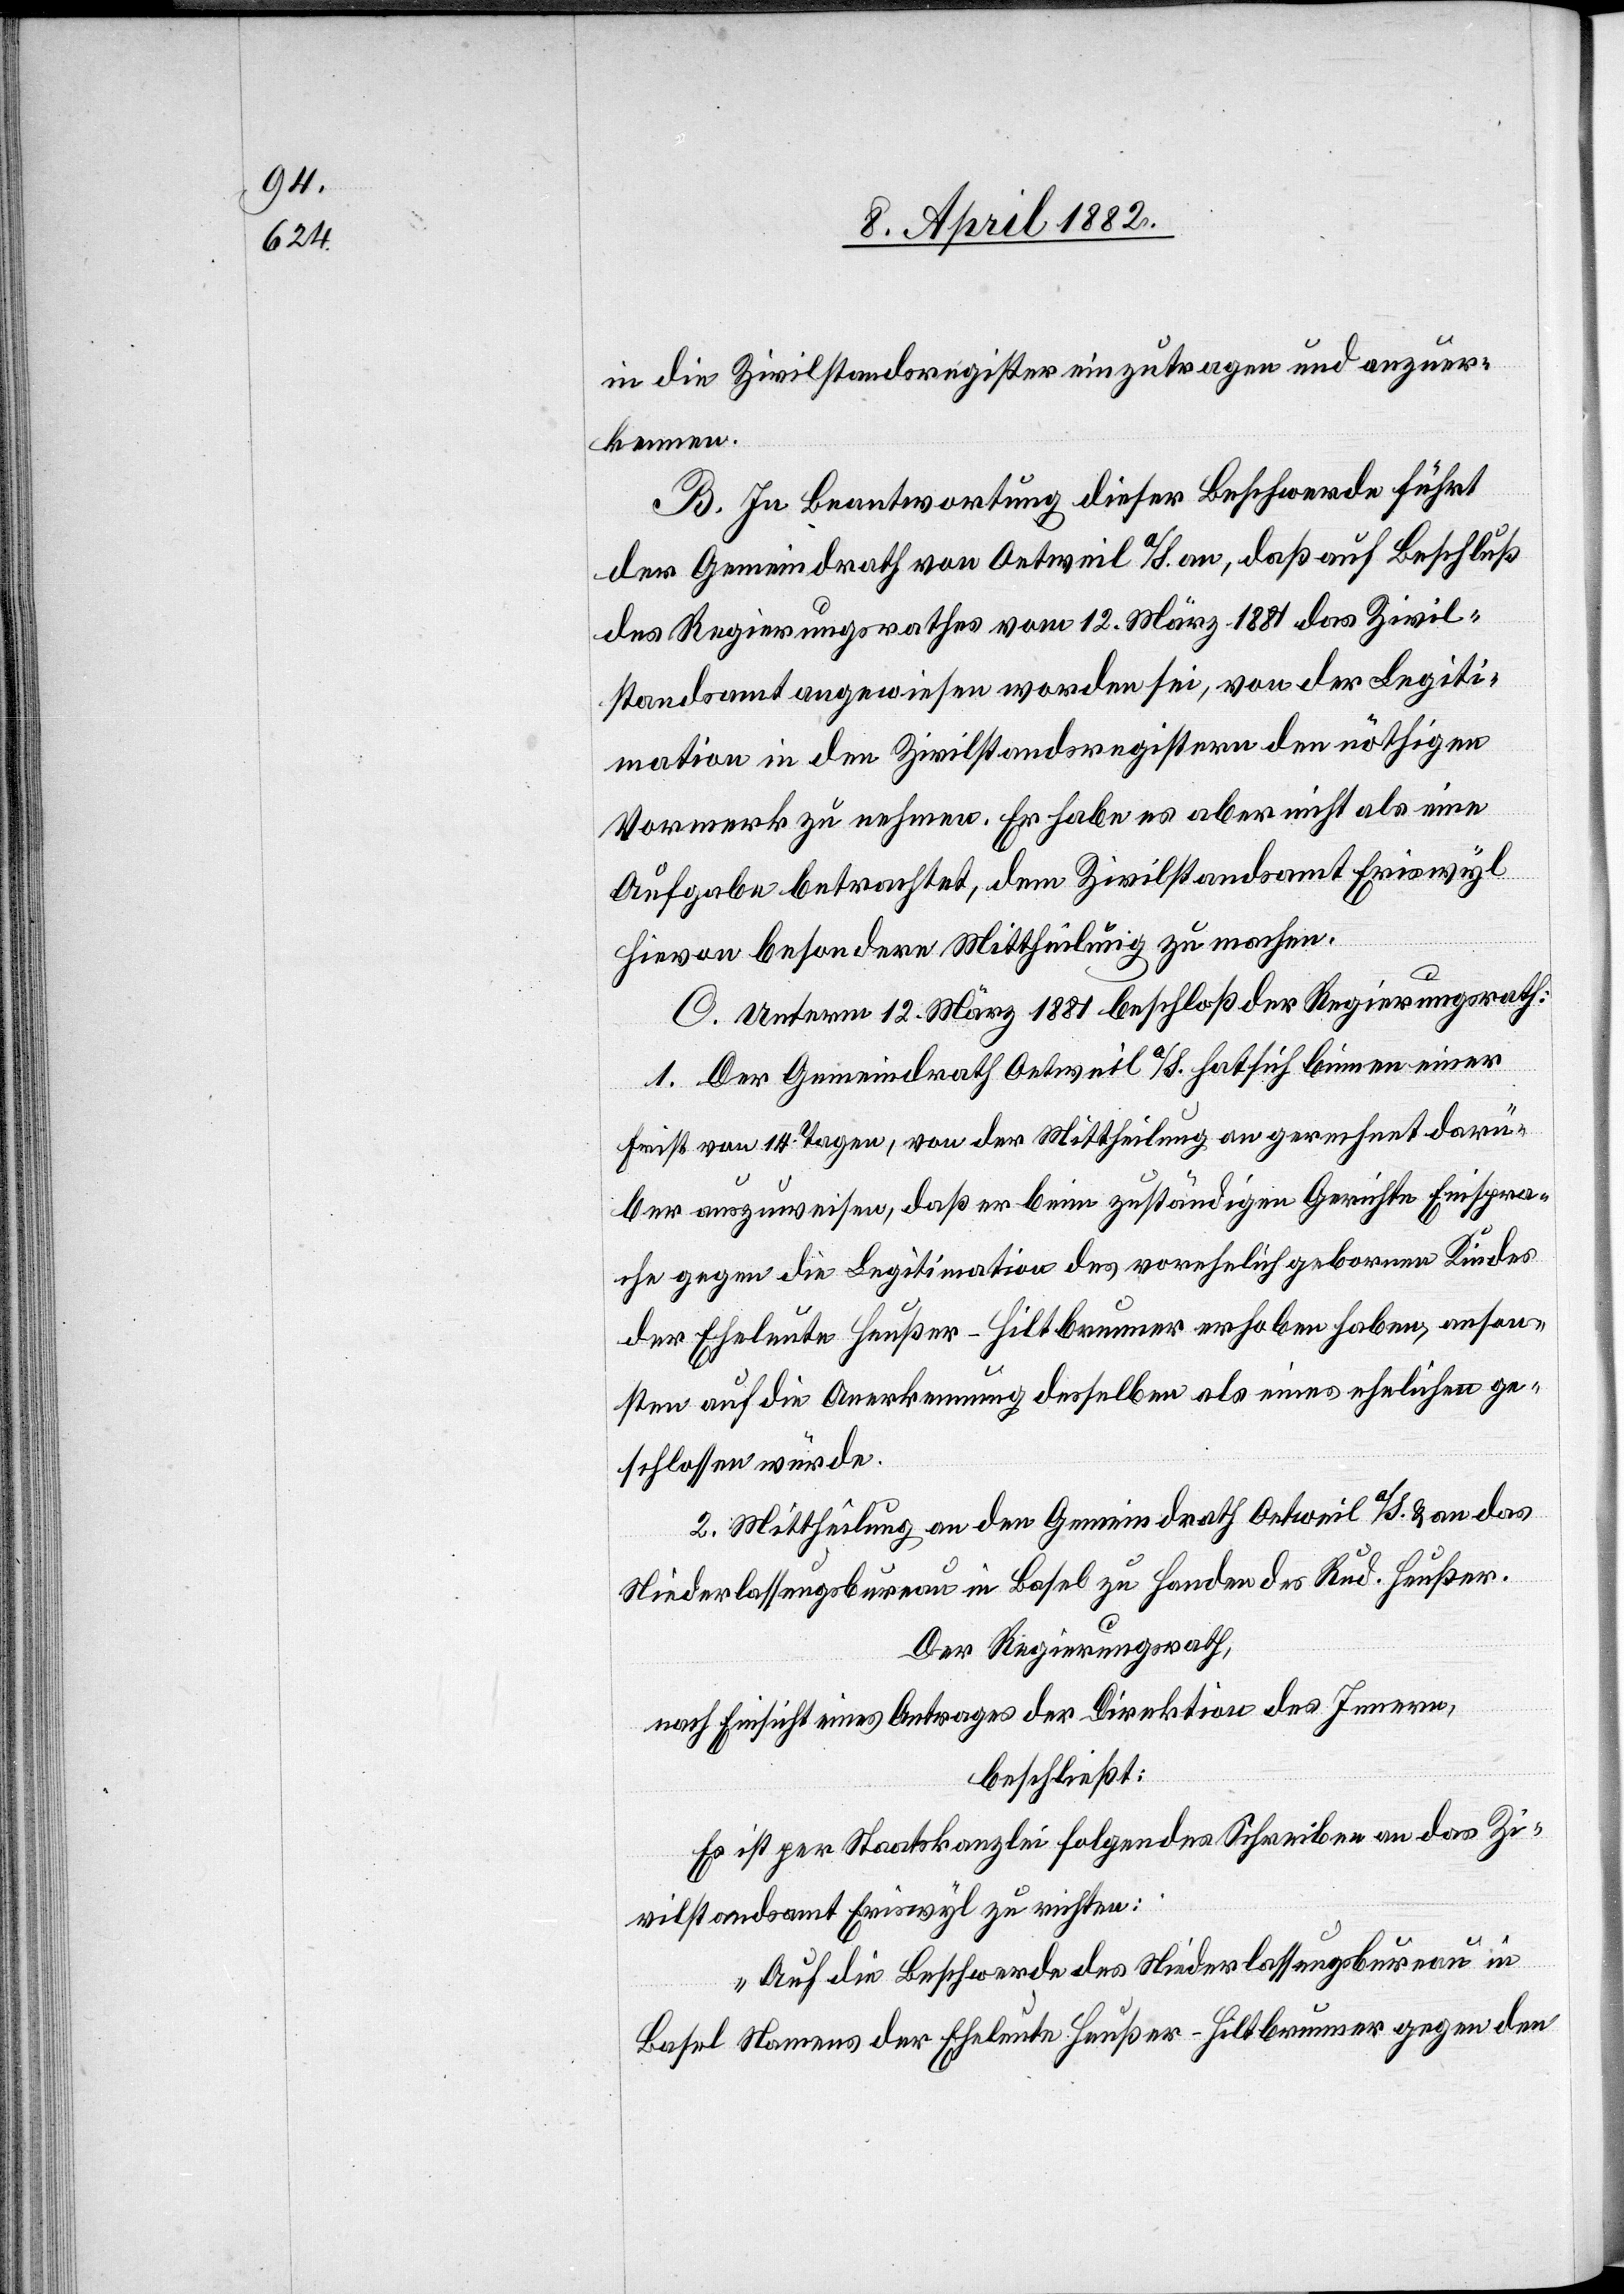
in die Zivilstandsregister einzutragen und anzuer¬
kennen.
B. In Beantwortung dieser Beschwerde führt
der Gemeindrath von Oetweil a/S. an, daß auf Beschluß
des Regierungsrathes vom 12. März 1881 das Zivil¬
standsamt angewiesen worden sei, von der Legiti¬
mation in den Zivilstandsregistern den nöthigen
Vormerk zu nehmen. Er habe es aber nicht als eine
Aufgabe betrachtet, dem Zivilstandsamt Eriswyl
hievon besondere Mittheilung zu machen.
C. Unterm 12. März 1881 beschloß der Regierungsrath:
1. Der Gemeindrath Oetweil a/S. hat sich binnen einer
Frist von 14 Tagen, von der Mittheilung an gerechnet darü¬
ber auszuweisen, daß er beim zuständigen Gerichte Einspra¬
che gegen die Legitimation des vorehelich gebornen Kindes
der Eheleute Heußer-Hiltbrunner erhoben haben [si¬
sten auf die Anerkennung desselben als eines ehelichen ge¬
schlossen würde.
2. Mittheilung an den Gemeindrath Oetweil a/S. & an das
Niederlassungsbureau in Basel zu Handen des Rud. Heußer.
Der Regierungsrath,
nach Einsicht eines Antrages der Direktion des Innern,
beschließt:
Es ist per Staatskanzlei folgendes Schreiben an das Zi¬
vilstandsamt Eriswyl zu richten:
„Auf die Beschwerde des Niederlassungsbureau in
Basel Namens der Eheleute Heußer-Hiltbrunner gegen den

anson¬